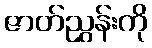
ဇာတ်ညွှန်းကို